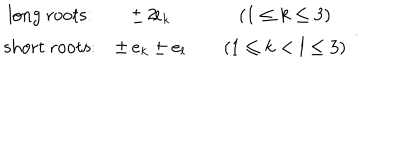
LaTeX: \begin{array} { c c c c } { { \mathrm { l o n g ~ r o o t s : } } } & { { \pm \, 2 \! e _ { k } } } & { { } } & { { ( 1 \leq k \leq 3 ) } } \\ { { \mathrm { s h o r t ~ r o o t s : } } } & { { \pm \, e _ { k } \pm e _ { l } } } & { { } } & { { ( 1 \leq k < l \leq 3 ) } } \\ \end{array} ~ .